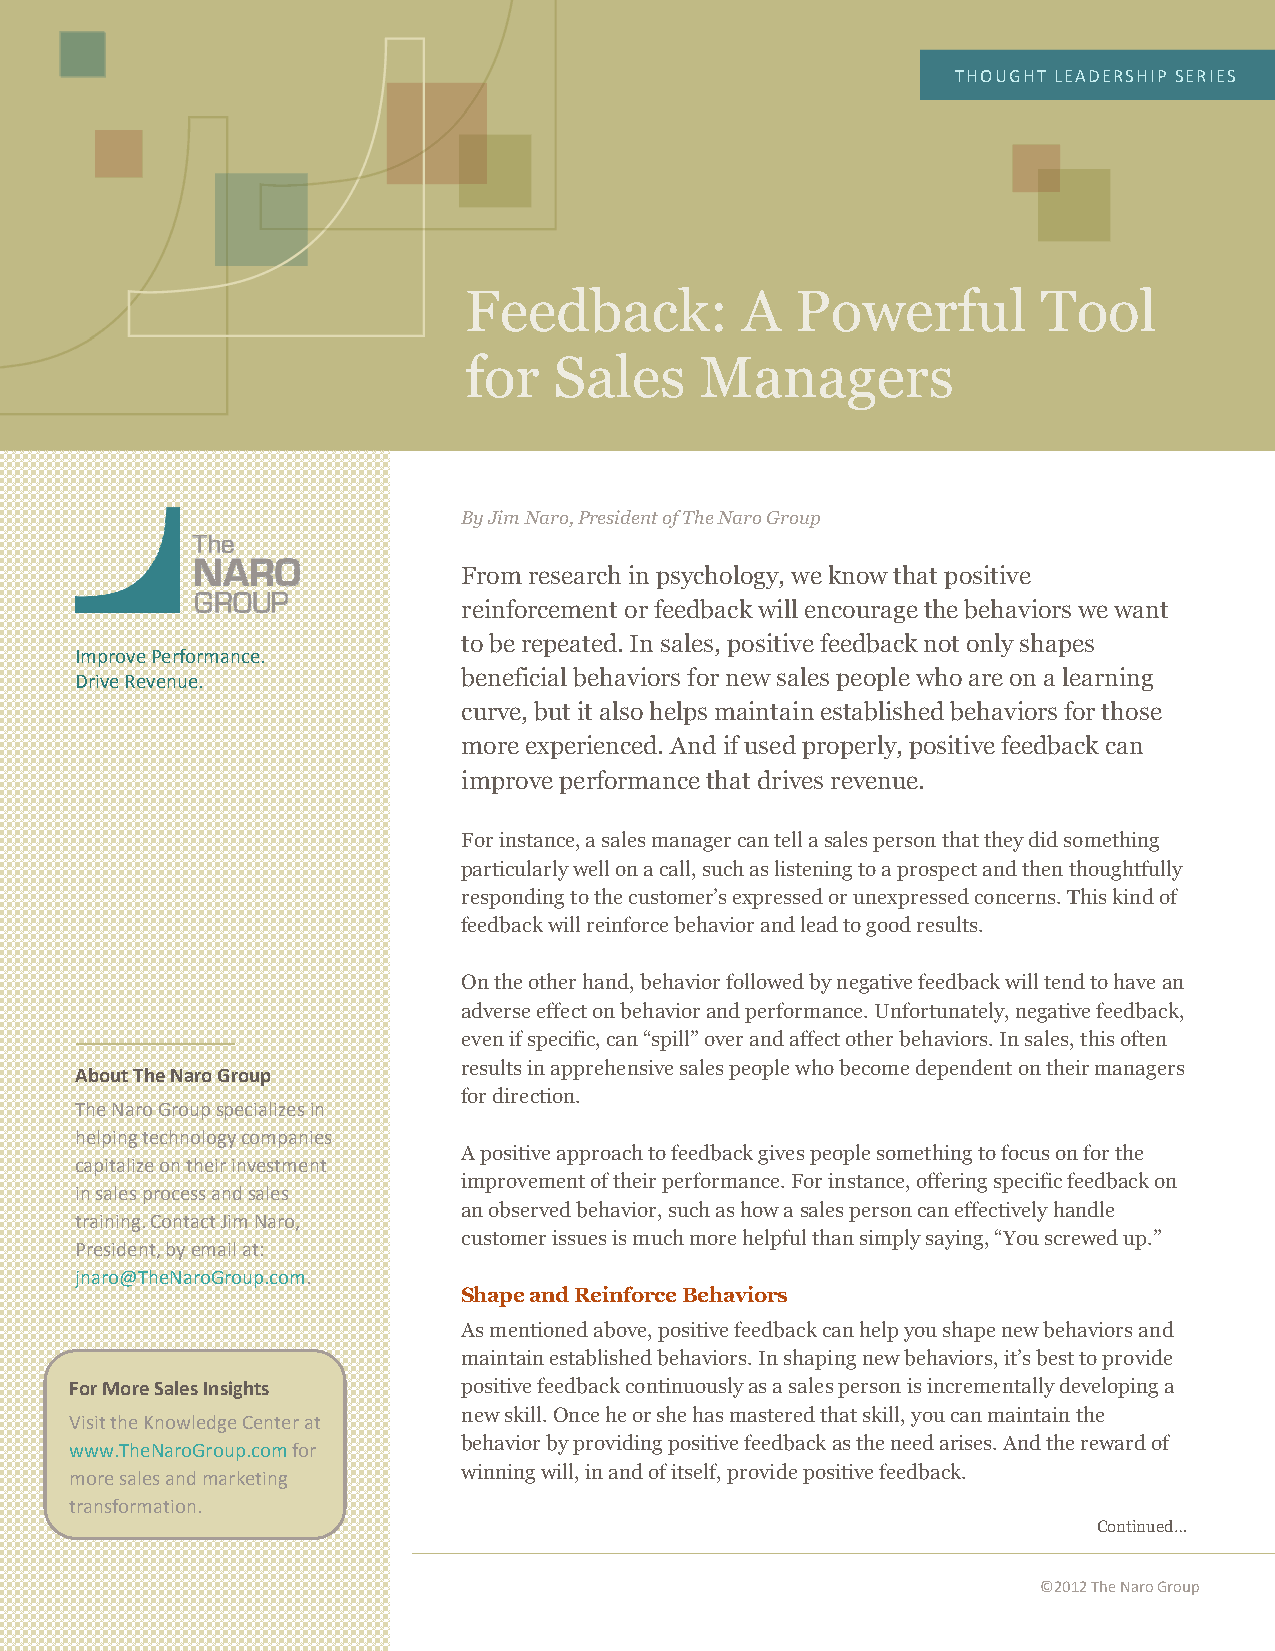
THOUGHT LEADERSHIP SERIES
 Feedback:         A   Powerful        Tool
 for   Sales    Managers
 By Jim Naro, President of The Naro Group
 From research in psychology, we know that positive
 reinforcement or feedback will encourage the behaviors we want
 to be repeated. In sales, positive feedback not only shapes
 Improve Performance.
 Drive Revenue.            beneficial behaviors for new sales people who are on a learning
 curve, but it also helps maintain established behaviors for those
 more experienced. And if used properly, positive feedback can
 improve performance that drives revenue.
 For instance, a sales manager can tell a sales person that they did something
 particularly well on a call, such as listening to a prospect and then thoughtfully
 responding to the customer’s expressed or unexpressed concerns. This kind of
 feedback will reinforce behavior and lead to good results.
 On the other hand, behavior followed by negative feedback will tend to have an
 adverse effect on behavior and performance. Unfortunately, negative feedback,
 even if specific, can “spill” over and affect other behaviors. In sales, this often
 results in apprehensive sales people who become dependent on their managers
 About The Naro Group
 for direction.
 The Naro Group specializes in
 helping technology companies
 A positive approach to feedback gives people something to focus on for the
 capitalize on their investment
 improvement of their performance. For instance, offering specific feedback on
 in sales process and sales
 an observed behavior, such as how a sales person can effectively handle
 training. Contact Jim Naro,
 customer issues is much more helpful than simply saying, “You screwed up.”
 President, by email at:
 jnaro@TheNaroGroup.com.
 Shape and Reinforce Behaviors
 As mentioned above, positive feedback can help you shape new behaviors and
 maintain established behaviors. In shaping new behaviors, it’s best to provide
 F or More Sales Insights  positive feedback continuously as a sales person is incrementally developing a
 new skill. Once he or she has mastered that skill, you can maintain the
 V isit the Knowledge Center at
 w ww.TheNaroGroup.com for
 behavior by providing positive feedback as the need arises. And the reward of
 m ore sales and marketing
 winning will, in and of itself, provide positive feedback.
 transformation.
 Continued…
 ©2012 The Naro Group